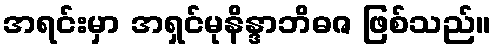
အရင်းမှာ အရှင်မုနိန္ဒာဘိဓဇ ဖြစ်သည်။